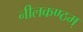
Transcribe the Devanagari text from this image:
नीलकण्ठम्